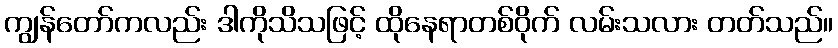
ကျွန်တော်ကလည်း ဒါကိုသိသဖြင့် ထိုနေရာတစ်ဝိုက် လမ်းသလား တတ်သည်။